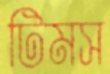
টিমস